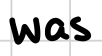
Text: was
Cross-out: clean
Writing tool: digital_black